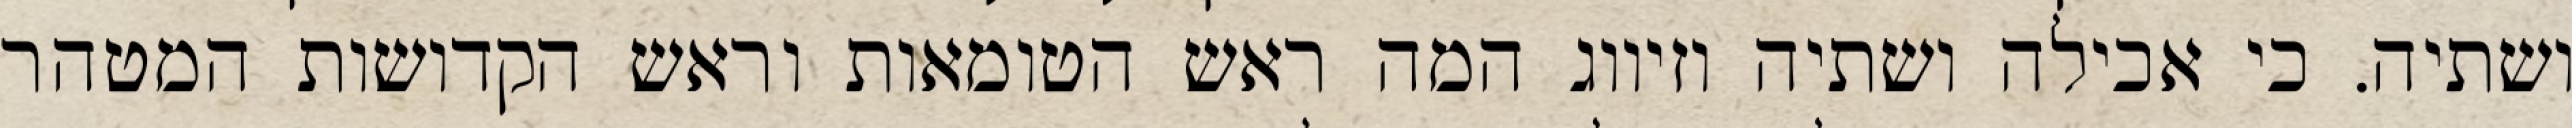
ושתיה. כי אכילה ושתיה וזיווג המה ראש הטומאות וראש הקדושות המטהר